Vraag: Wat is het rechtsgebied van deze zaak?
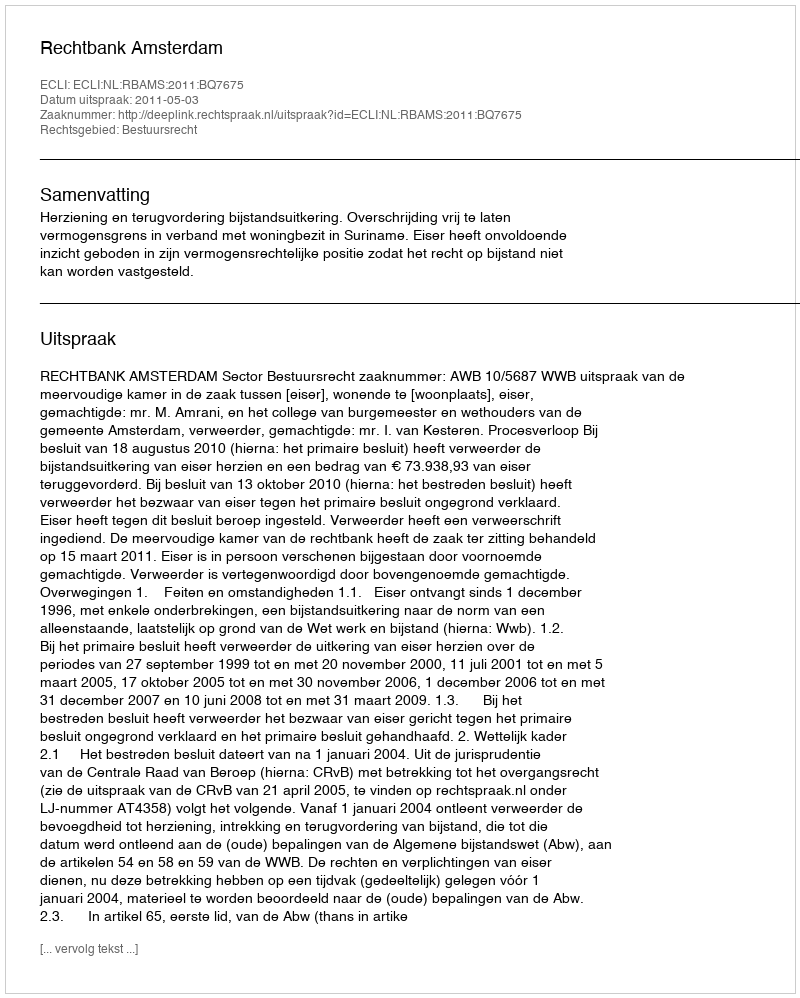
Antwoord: Bestuursrecht